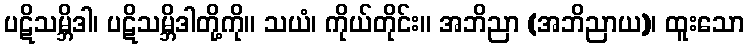
ပဋိသမ္ဘိဒါ၊ ပဋိသမ္ဘိဒါတို့ကို။ သယံ၊ ကိုယ်တိုင်း။ အဘိညာ (အဘိညာယ)၊ ထူးသော